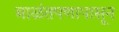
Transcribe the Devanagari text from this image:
बाळंतपणापासून